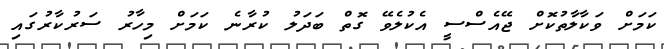
ކަމަށް ވަކާލާތުކޮށް ޖޭއެސްސީ އެކުލެވޭ ގޮތް ބަދަލު ކުރާނެ ކަމަށް މިހާރު ސަރުކާރުގައި